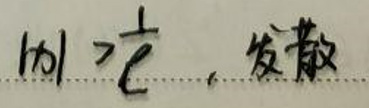
$\vert a \vert > \frac{1}{e}$，发散